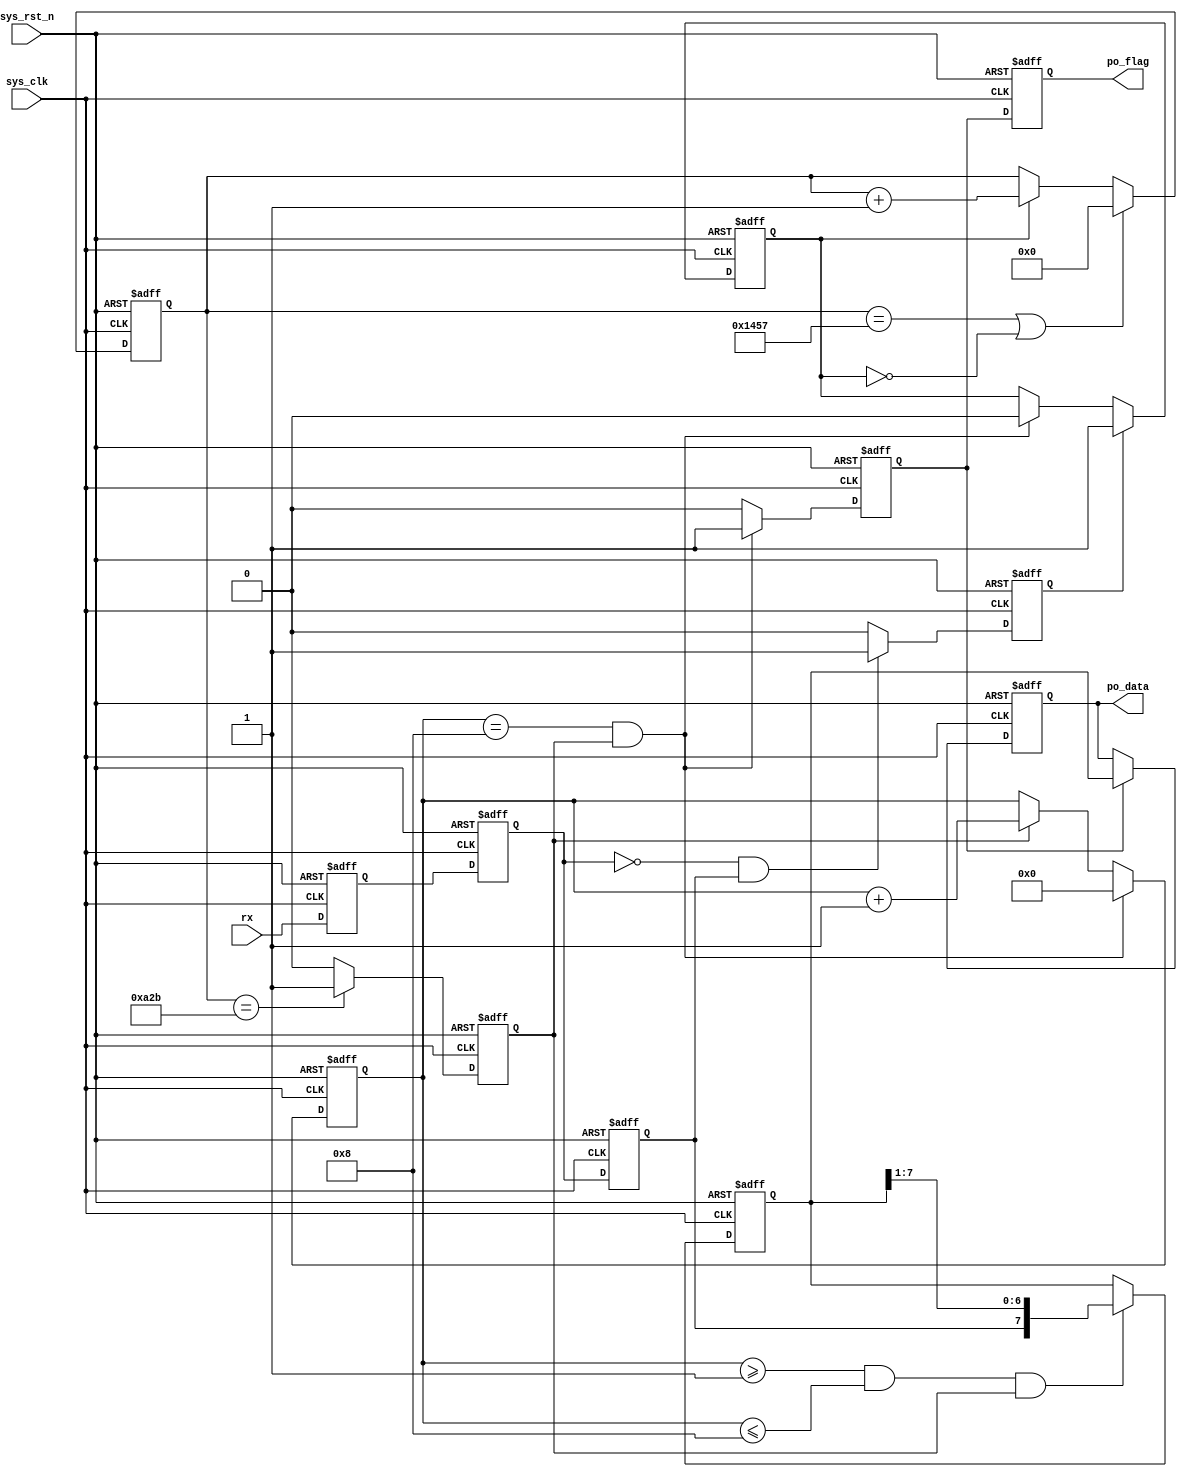
`timescale  1ns/1ns
////////////////////////////////////////////////////////////////////////
// Module Name   : uart_rx
// Project Name  : vga_uart_pic
// Target Devices: Altera EP4CE10F17C8N
// Tool Versions : Quartus 13.0
// Description   :
//
// Revision      : V1.0
// Additional Comments:
// 
// : _Pro_FPGA
//     : http://www.embedfire.com
//     : http://www.firebbs.cn
//     : https://fire-stm32.taobao.com
////////////////////////////////////////////////////////////////////////

module  uart_rx
#(
    parameter   UART_BPS    =   'd9600,         //
    parameter   CLK_FREQ    =   'd50_000_000    //
)
(
    input   wire            sys_clk     ,   //50MHz
    input   wire            sys_rst_n   ,   //
    input   wire            rx          ,   //

    output  reg     [7:0]   po_data     ,   //8bit
    output  reg             po_flag         //
);

//********************************************************************//
//****************** Parameter and Internal Signal *******************//
//********************************************************************//
//localparam    define
localparam  BAUD_CNT_MAX    =   CLK_FREQ/UART_BPS   ;

//reg   define
reg         rx_reg1     ;
reg         rx_reg2     ;
reg         rx_reg3     ;
reg         start_nedge ;
reg         work_en     ;
reg [12:0]  baud_cnt    ;
reg         bit_flag    ;
reg [3:0]   bit_cnt     ;
reg [7:0]   rx_data     ;
reg         rx_flag     ;

//********************************************************************//
//***************************** Main Code ****************************//
//********************************************************************//
//
//rx_reg1:1
always@(posedge sys_clk or negedge sys_rst_n)
    if(sys_rst_n == 1'b0)
        rx_reg1 <= 1'b1;
    else
        rx_reg1 <= rx;

//rx_reg2:1
always@(posedge sys_clk or negedge sys_rst_n)
    if(sys_rst_n == 1'b0)
        rx_reg2 <= 1'b1;
    else
        rx_reg2 <= rx_reg1;

//rx_reg3:
always@(posedge sys_clk or negedge sys_rst_n)
    if(sys_rst_n == 1'b0)
        rx_reg3 <= 1'b1;
    else
        rx_reg3 <= rx_reg2;

//start_nedge:start_nedge
always@(posedge sys_clk or negedge sys_rst_n)
    if(sys_rst_n == 1'b0)
        start_nedge <= 1'b0;
    else    if((~rx_reg2) && (rx_reg3))
        start_nedge <= 1'b1;
    else
        start_nedge <= 1'b0;

//work_en:
always@(posedge sys_clk or negedge sys_rst_n)
    if(sys_rst_n == 1'b0)
        work_en <= 1'b0;
    else    if(start_nedge == 1'b1)
        work_en <= 1'b1;
    else    if((bit_cnt == 4'd8) && (bit_flag == 1'b1))
        work_en <= 1'b0;

//baud_cnt:0BAUD_CNT_MAX - 1
always@(posedge sys_clk or negedge sys_rst_n)
    if(sys_rst_n == 1'b0)
        baud_cnt <= 13'b0;
    else    if((baud_cnt == BAUD_CNT_MAX - 1) || (work_en == 1'b0))
        baud_cnt <= 13'b0;
    else    if(work_en == 1'b1)
        baud_cnt <= baud_cnt + 1'b1;

//bit_flag:baud_cnt
//
always@(posedge sys_clk or negedge sys_rst_n)
    if(sys_rst_n == 1'b0)
        bit_flag <= 1'b0;
    else    if(baud_cnt == BAUD_CNT_MAX/2 - 1)
        bit_flag <= 1'b1;
    else
        bit_flag <= 1'b0;

//bit_cnt:8
//
always@(posedge sys_clk or negedge sys_rst_n)
    if(sys_rst_n == 1'b0)
        bit_cnt <= 4'b0;
    else    if((bit_cnt == 4'd8) && (bit_flag == 1'b1))
        bit_cnt <= 4'b0;
     else    if(bit_flag ==1'b1)
         bit_cnt <= bit_cnt + 1'b1;

//rx_data:
always@(posedge sys_clk or negedge sys_rst_n)
    if(sys_rst_n == 1'b0)
        rx_data <= 8'b0;
    else    if((bit_cnt >= 4'd1)&&(bit_cnt <= 4'd8)&&(bit_flag == 1'b1))
        rx_data <= {rx_reg3, rx_data[7:1]};

//rx_flag:rx_flag
always@(posedge sys_clk or negedge sys_rst_n)
    if(sys_rst_n == 1'b0)
        rx_flag <= 1'b0;
    else    if((bit_cnt == 4'd8) && (bit_flag == 1'b1))
        rx_flag <= 1'b1;
    else
        rx_flag <= 1'b0;

//po_data:8
always@(posedge sys_clk or negedge sys_rst_n)
    if(sys_rst_n == 1'b0)
        po_data <= 8'b0;
    else    if(rx_flag == 1'b1)
        po_data <= rx_data;

//po_flag:rx_flagpo_data
always@(posedge sys_clk or negedge sys_rst_n)
    if(sys_rst_n == 1'b0)
        po_flag <= 1'b0;
    else
        po_flag <= rx_flag;

endmodule